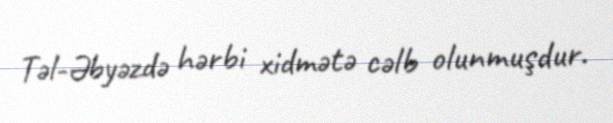
Təl-Əbyəzdə hərbi xidmətə cəlb olunmuşdur.